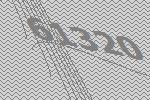
61320